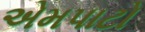
એમપાટો